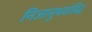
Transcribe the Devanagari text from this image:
निजानुभवसिद्ध